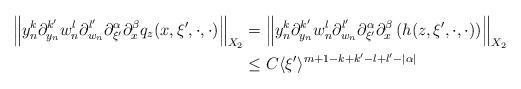
LaTeX: \begin{align*} \left\|y_n^k\partial_{y_n}^{k'}w_n^l\partial_{w_n}^{l'}\partial_{\xi'}^\alpha\partial_{x}^\beta q_{z}(x,\xi',\cdot,\cdot)\right\|_{X_2} &=\left\|y_n^k\partial_{y_n}^{k'}w_n^l\partial_{w_n}^{l'}\partial_{\xi'}^\alpha\partial_{x}^\beta \left(h(z,\xi',\cdot,\cdot)\right)\right\|_{X_2} \\ &\leq C\langle\xi'\rangle^{m+1-k+k'-l+l'-|\alpha|}\end{align*}